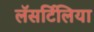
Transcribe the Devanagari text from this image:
लॅसर्टिलिया